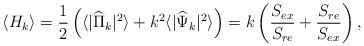
LaTeX: \begin{align*}\langle H_k\rangle ={1\over 2}\left(\langle|{\widehat\Pi}_k|^2\rangle+k^2 \langle |{\widehat\Psi}_k|^2\rangle \right) = k\left({S_{ex}\over S_{re}} + {S_{re}\over S_{ex}}\right),\end{align*}